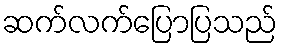
ဆက်လက်ပြောပြသည်